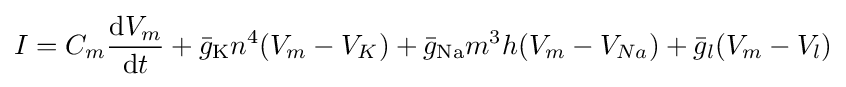
I=C_{m}{\frac {{\mathrm {d} }V_{m}}{{\mathrm {d} }t}}+{\bar {g}}_{\text{K}}n^{4}(V_{m}-V_{K})+{\bar {g}}_{\text{Na}}m^{3}h(V_{m}-V_{Na})+{\bar {g}}_{l}(V_{m}-V_{l})